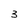
Character: 3